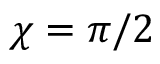
\chi = \pi / 2